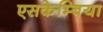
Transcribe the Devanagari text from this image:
एसकेम्बिया